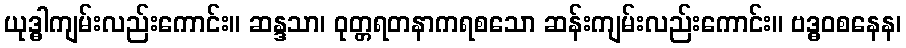
ယုဒ္ဓါကျမ်းလည်းကောင်း။ ဆန္ဒသာ၊ ဝုတ္တရတနာကရစသော ဆန်းကျမ်းလည်းကောင်း။ ဗဒ္ဓဝစနေန၊